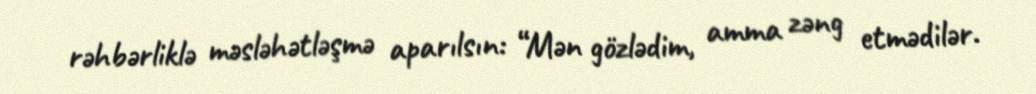
rəhbərliklə məsləhətləşmə aparılsın: “Mən gözlədim, amma zəng etmədilər.